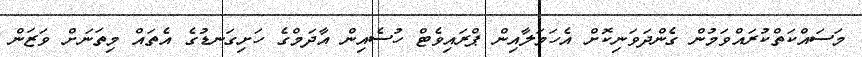
މަސައްކަތްކުރައްވަމުން ގެންދަވަނިކޮށް އެހަމަލާއިން ޕްރައިވެޓް ހުސެއިން އާދަމްގެ ހަށިގަނޑުގެ އެތައް މިތަނަށް ވަޒަން